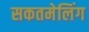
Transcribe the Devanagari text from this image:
सकतमेलिंग